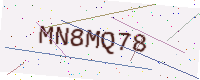
Text: MN8MQ78